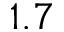
1 . 7